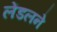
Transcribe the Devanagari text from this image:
लेंडलने